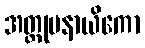
အတ္တုပနာယိကော